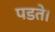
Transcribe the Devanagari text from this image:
पडते।